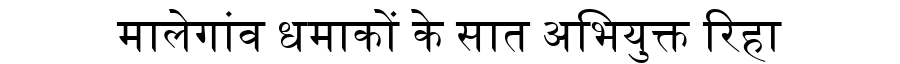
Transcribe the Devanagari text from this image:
मालेगांव धमाकों के सात अभियुक्त रिहा